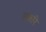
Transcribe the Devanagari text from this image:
लकरि